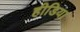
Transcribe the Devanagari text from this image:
हीडिया